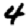
Digit: 4